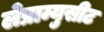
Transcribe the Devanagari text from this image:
लेप्राम्युसीट